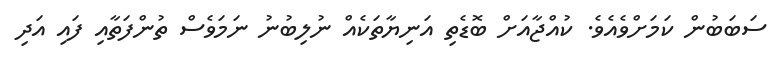
ސަބަބުން ކަމަށްވެއެވެ. ކުއްޖާއަށް ބޮޑެތި އަނިޔާތަކެއް ނުލިބުނު ނަމަވެސް ތުންފަތާއި ފައި އަދި